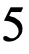
5